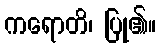
ကရောတိ၊ ပြု၏။